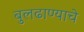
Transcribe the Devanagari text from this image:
बुलढाण्याचे